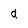
Character: d